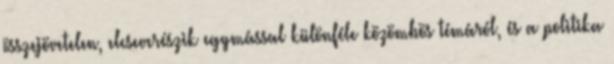
összejövetelen, elcseverészik egymással különféle közömbös témáról, és a politika